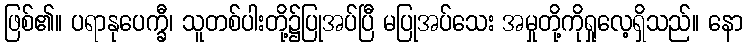
ဖြစ်၏။ ပရာနုပေက္ခီ၊ သူတစ်ပါးတို့၌ပြုအပ်ပြီ မပြုအပ်သေး အမှုတို့ကိုရှုလေ့ရှိသည်။ နော